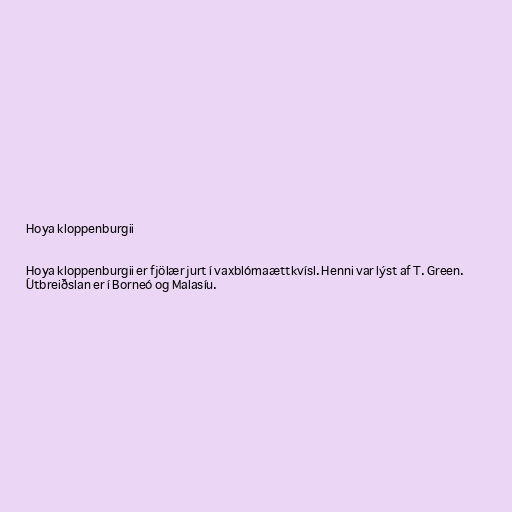
Hoya kloppenburgii

Hoya kloppenburgii er fjölær jurt í vaxblómaættkvísl. Henni var lýst af T. Green.
Útbreiðslan er í Borneó og Malasíu.